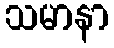
သမာနာ